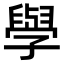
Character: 𫝯